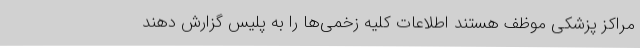
مراکز پزشکی موظف هستند اطلاعات کلیه زخمی‌ها را به پلیس گزارش دهند